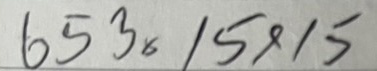
653 = 15x15